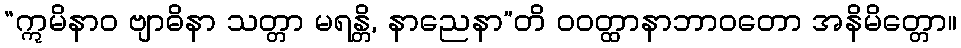
“ဣမိနာဝ ဗျာဓိနာ သတ္တာ မရန္တိ, နာညေနာ”တိ ဝဝတ္ထာနာဘာဝတော အနိမိတ္တော။